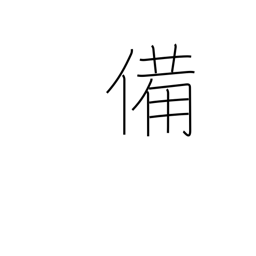
Meaning: preparation